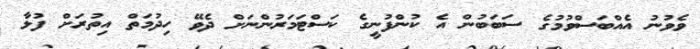
ވެވުނު އެއްބަސްވުމުގެ ސަބަބުން އެ ކުންފުނީގެ ކަސްޓަމަރުންނަށް ދެވޭ ހިދުމަތް އިތުރަށް ފުޅާ